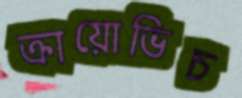
ক্রায়োভিচ